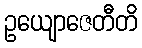
ဥယျောဇေတီတိ